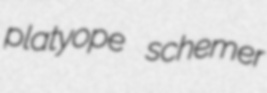
platyope schemer